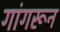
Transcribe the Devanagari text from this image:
गांगरून